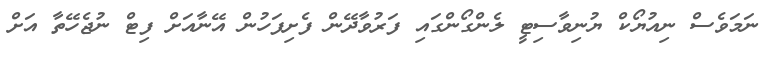
ނަމަވެސް ނިއުޔޯކް ޔުނިވާސިޓީ ލެންގޯންގައި ފަރުވާދޭން ފެށިފަހުން އޭނާއަށް ފިޓް ނުޖެހޭތާ އަށް